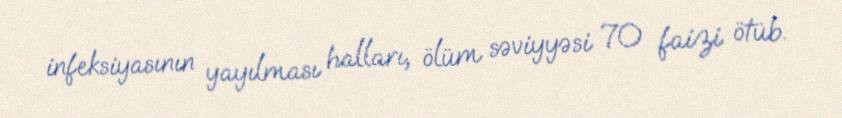
infeksiyasının yayılması halları, ölüm səviyyəsi 70 faizi ötüb.